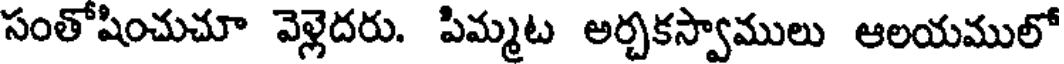
సంతోషించుచూ వెళ్లెదరు. పిమ్మట అర్చకస్వాములు ఆలయములో